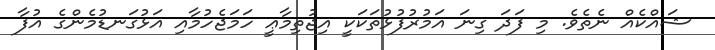
ޝައްކެއް ނެތެވެ. މި ފަދަ ގިނަ އަމުރުފުޅުތަކަކީ އިޖުތިމާޢީ ހަމަޖެހުމާއި އަޅުގަނޑުމެންގެ އުފާ